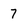
Character: 7